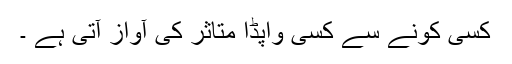
کسی کونے سے کسی واپڈا متاثر کی آواز آتی ہے ۔